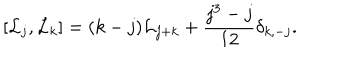
\left[ { \cal L } _ { j } , { \cal L } _ { k } \right] = ( k - j ) { \cal L } _ { j + k } + { \frac { j ^ { 3 } - j } { 1 2 } } \delta _ { k , - j } .